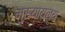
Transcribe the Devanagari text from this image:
मुख्यायलय